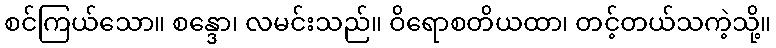
စင်ကြယ်သော။ စန္ဒော၊ လမင်းသည်။ ဝိရောစတိယထာ၊ တင့်တယ်သကဲ့သို့။